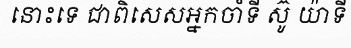
នោះទេ ជាពិសេសអ្នកចាំទី ស៊ូ យ៉ាទី